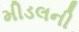
મીડલની